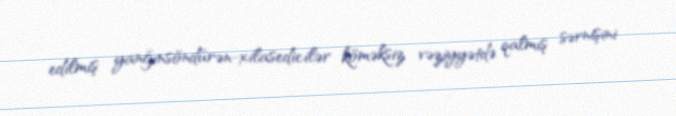
edilmiş yanğınsöndürən-xilasedicilər köməksiz vəziyyətdə qalmış sərnişini